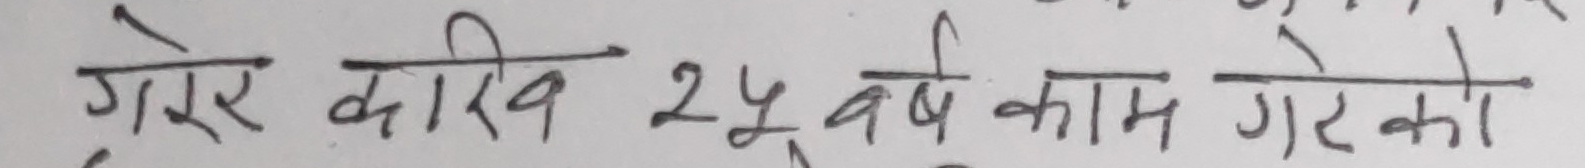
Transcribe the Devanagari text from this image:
गरे काम 25 वर्ष काम गरेको